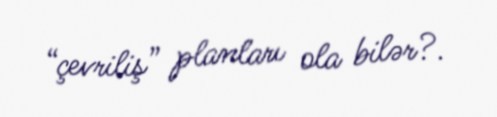
“çevriliş” planları ola bilər?.